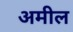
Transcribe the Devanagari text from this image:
अमील